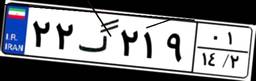
۲۲گ۲۱۹۰۱